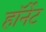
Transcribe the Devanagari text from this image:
हाॅर्नेट